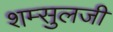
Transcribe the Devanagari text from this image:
शम्सुलजी